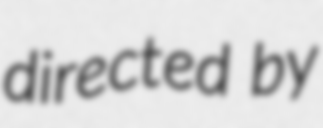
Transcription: directed by